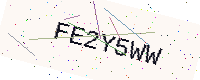
Text: FE2Y5WW